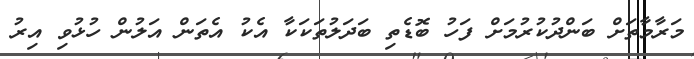
މަރާމާތަށް ބަންދުކުރުމަށް ފަހު ބޮޑެތި ބަދަލުތަކަކާ އެކު އެތަން އަލުން ހުޅުވި އިރު